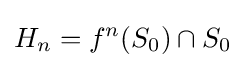
H_{n}=f^{n}(S_{0})\cap S_{0}